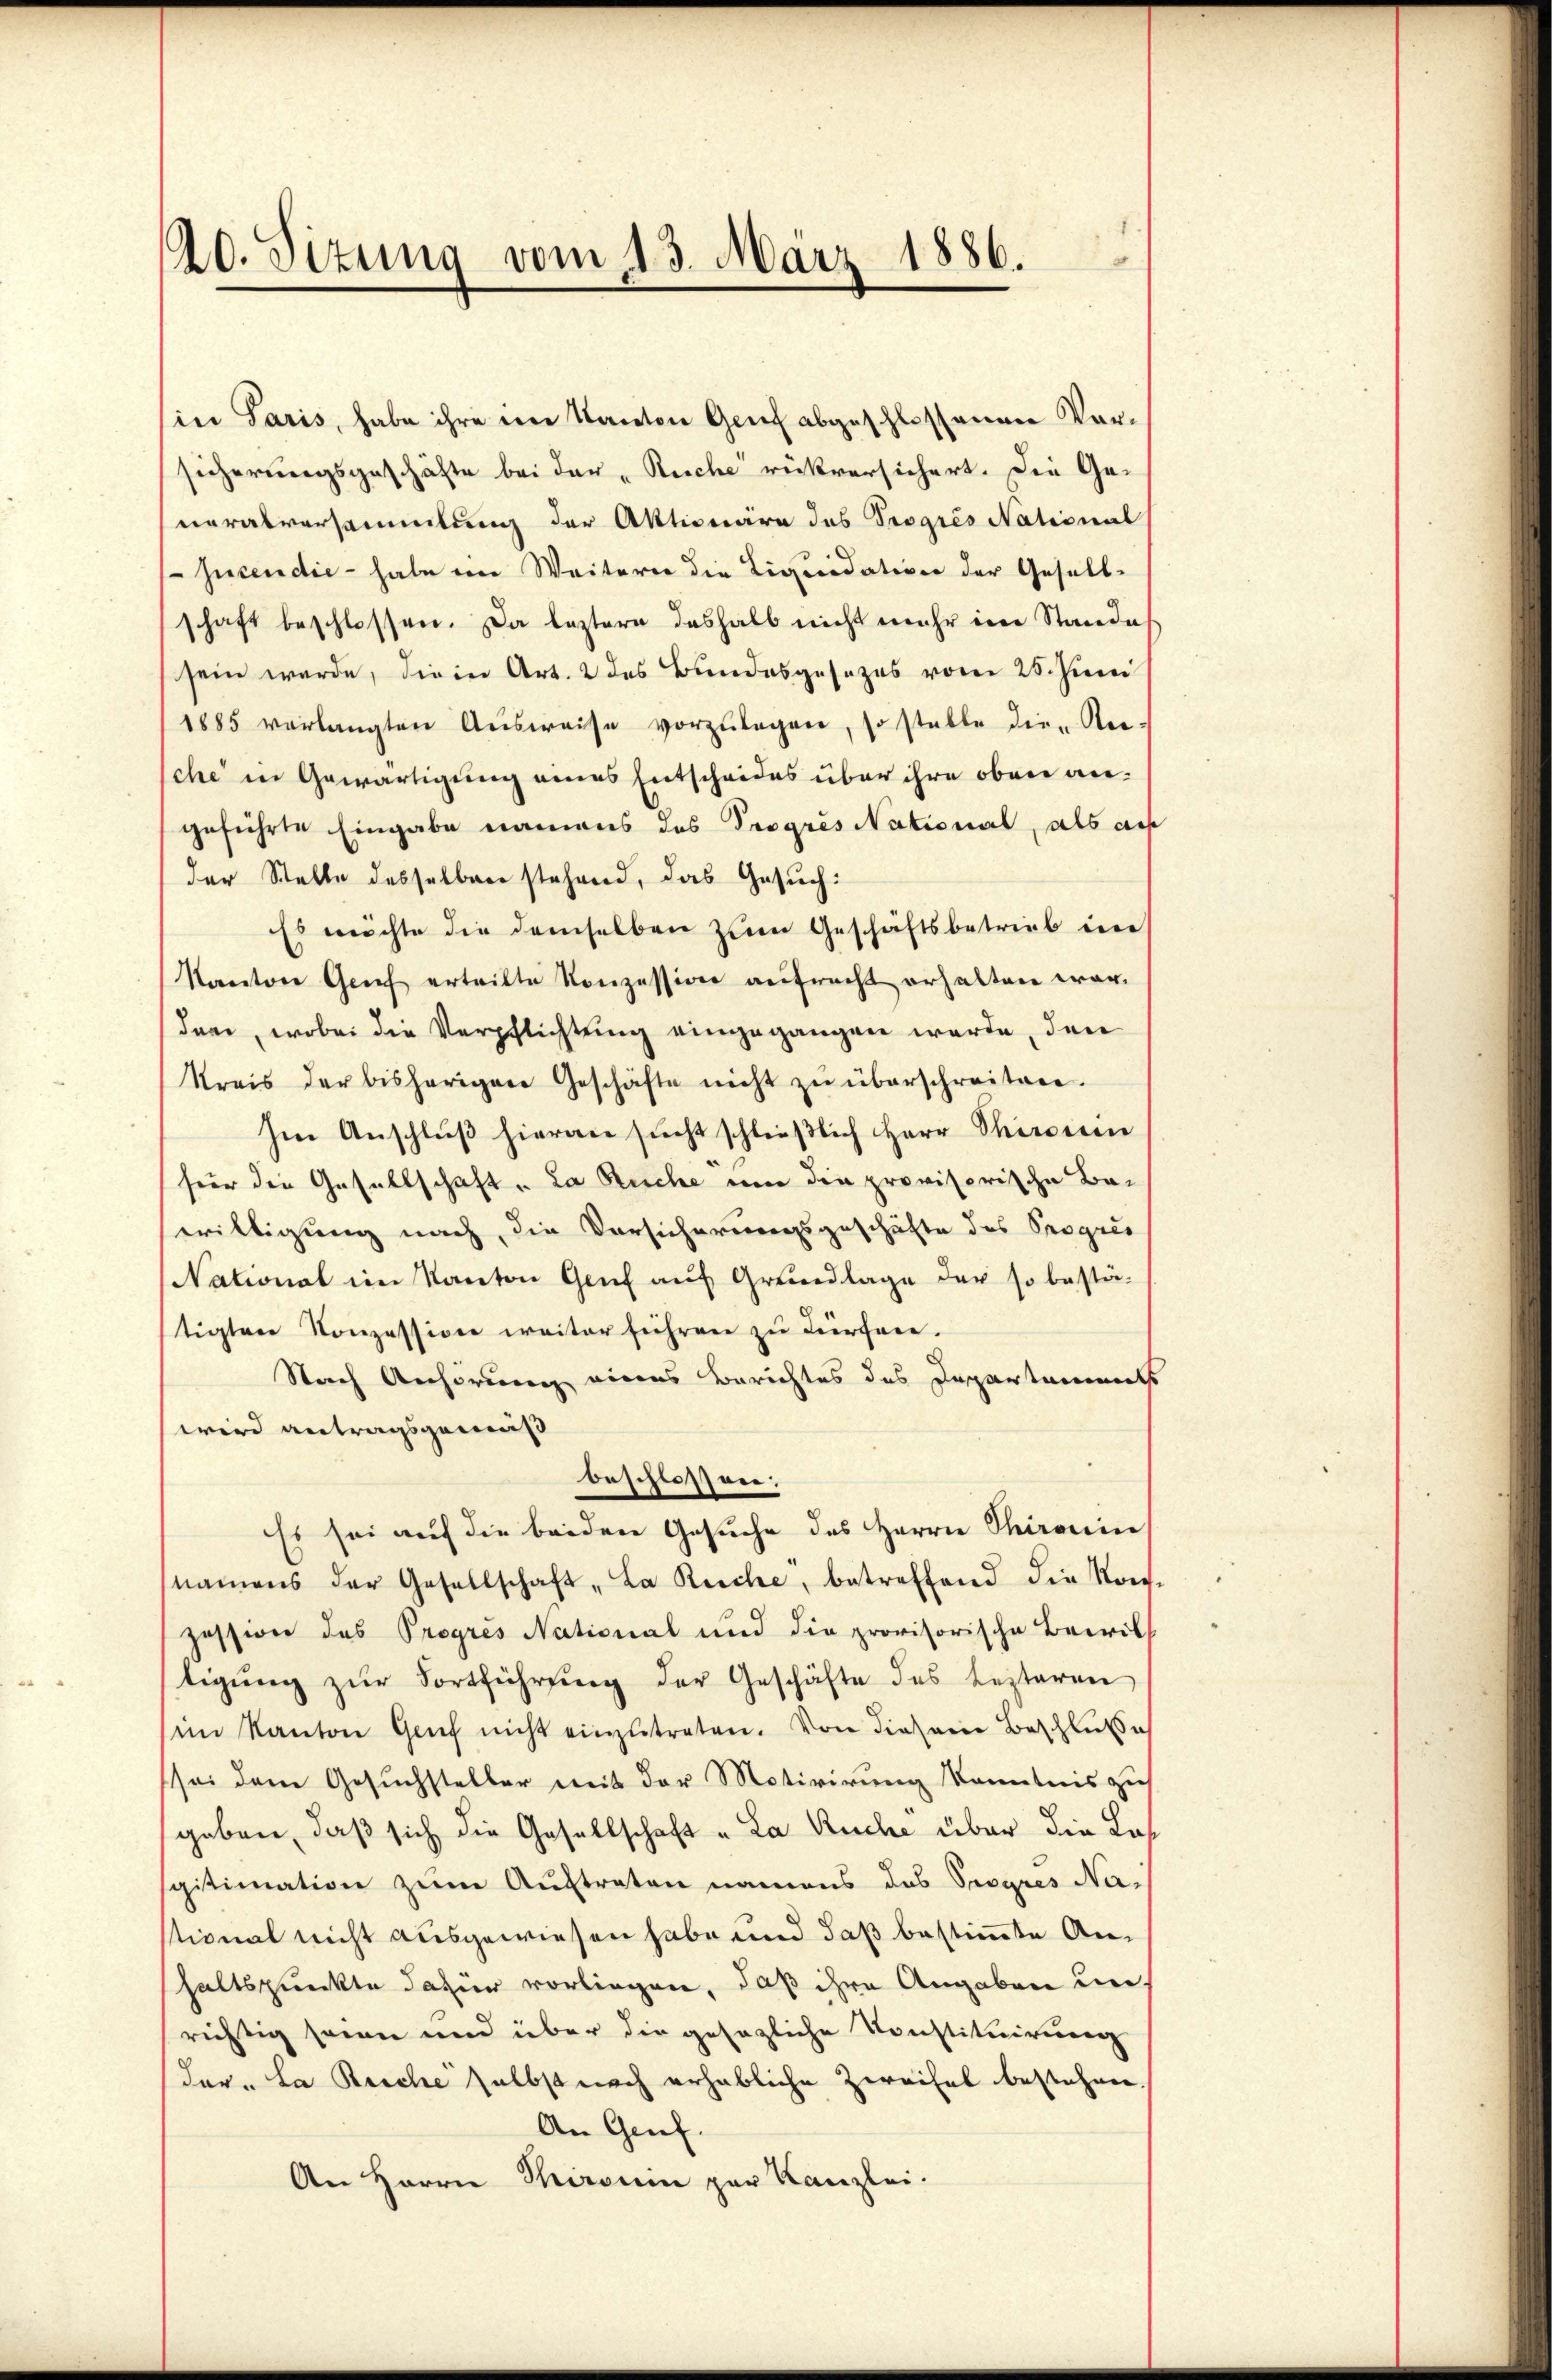
e
20. Situng vom 13. März 1886.

sine Paris, habe ihre ein Kanton Genf abgeschlossenen Versicherungsgeschäfte bei der „Reiche rückversichert. Die Generalversammlung der Aktionäre des Progres National
Jucendie - habe ein Weitern die Liquidation der Gesell-
schaft beschlossen. Da leztere deshalb nicht mehr im Stande
sein werde, die in Art. 2 des Bundesgesezes vom 25. Juni
1885 verlangten Aŭsweise vorzŭlagen, so stelle die-Ree-
che in Gewärtigung eines Entscheides über ihre oben angeführte Eingabe namens das Progres National, als aus
der Stelle desselben stehend, das Gesuch:
Es möchte die demselben zum Geschäftsbetrieb in
Kanton Genf erteilte Konzession aufracht erhalten war.
den, wobei die Verpflichtung eingegangen werde, den
kreis der bisherigen Geschäfte nicht zŭ überschreiten.
Im Anschluß hieran sucht schließlich Herr Chiroien
für die Gesellschaft . La Ruche um die provisorische Bawilligung nach, die Vorsicherungsgeschäfte des Progres
Nationat im Kanton Genf aŭf Grundlage der so bestä-
tigten Konzessione weiter führen zu dürfen.
Nach Anhörung eines Berichtes des Departenmat
wird antragsgemäß
beschlossen:
Es sei auf die beiden Gesuche des Herrn Chironin
namens der Gesellschaft „La Ruche, betreffend die Kon-
zession des Progres National und die provisorische Bewill
tigŭng zŭr Fortführung der Geschäfte des besteren
im Kanton Genf nicht einzŭtreten. Von diesem Beschluße
sei dem Gesuchsteller mit der Motivirung Kenntnis zu
geben, daß sich die Gesellschaft „La Ruche über die Lat
sgitimation zum Auftreten namens das Progres Na-
stional nicht ausgewiesen habe und daß bestimmte Anhaltspunkte dafür vorliegen, daß ihre Angaben unrichtig seien und über die gesezliche Konstituirung
der. La Reiche selbst nach erhebliche Zweifel bestehen.
An Gruf.
An Herrn Thironin par Kanzlei.